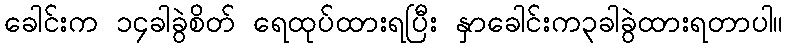
ခေါင်းက ၁၄ခါခွဲစိတ် ရေထုပ်ထားရပြီး နှာခေါင်းက၃ခါခွဲထားရတာပါ။